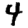
Digit: 4